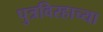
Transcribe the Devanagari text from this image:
पुत्रविरहाच्या